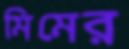
মিমের